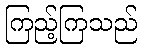
ကြည့်ကြသည်